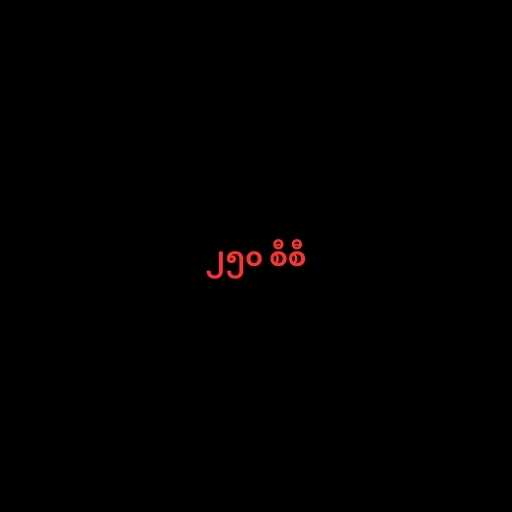
၂၅၀ စီစီ